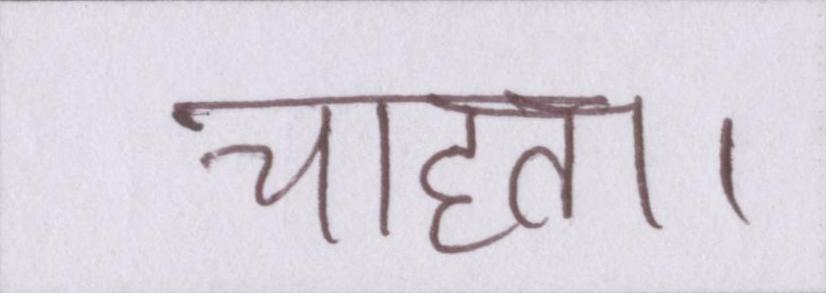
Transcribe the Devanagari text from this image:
चाहता।